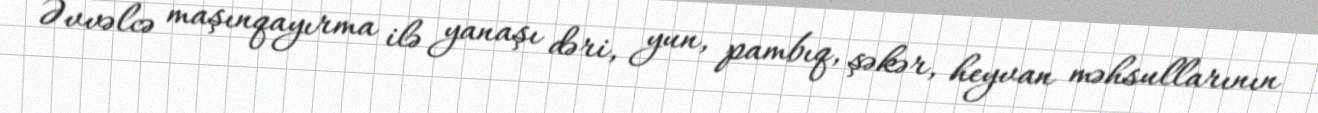
Əvvəlcə maşınqayırma ilə yanaşı dəri, yun, pambıq, şəkər, heyvan məhsullarının